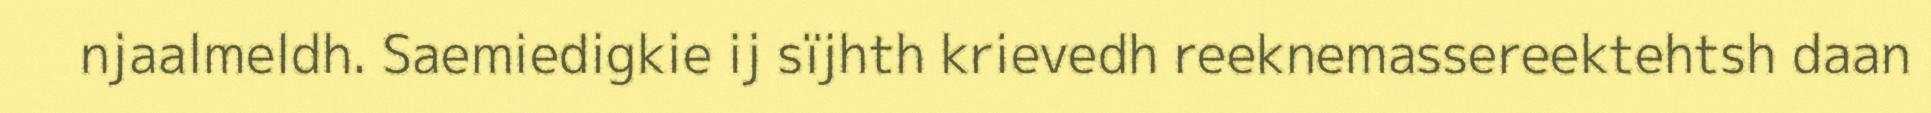
njaalmeldh. Saemiedigkie ij sïjhth krievedh reeknemassereektehtsh daan